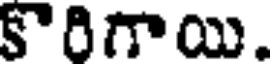
కొరిగాయి.